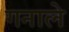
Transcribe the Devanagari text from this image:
गनाले